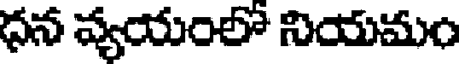
ధన వ్యయంలో నియమం